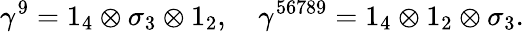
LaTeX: \gamma^{9}=1_{4}\otimes\sigma_{3}\otimes 1_{2},\quad\gamma^{56789}=1_{4}\otimes 1_{2}\otimes\sigma_{3}.